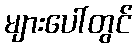
များပေါ်တွင်